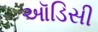
ઑડિસી